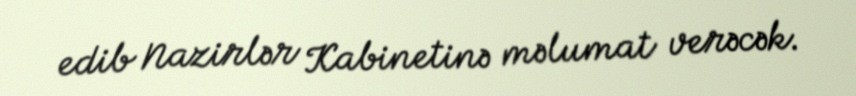
edib Nazirlər Kabinetinə məlumat verəcək.